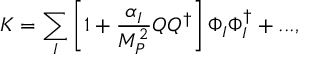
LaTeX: K = \sum _ { I } \left[ 1 + \frac { \alpha _ { I } } { M _ { P } ^ { 2 } } Q Q ^ { \dagger } \right] \Phi _ { I } \Phi _ { I } ^ { \dagger } + . . . ,